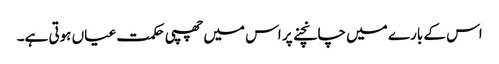
اس کے بارے میں چانچنے پر اس میں چھپی حکمت عیاں ہوتی ہے۔